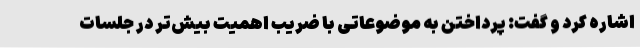
اشاره کرد و گفت: پرداختن به موضوعاتی با ضریب اهمیت بیش‌تر در جلسات